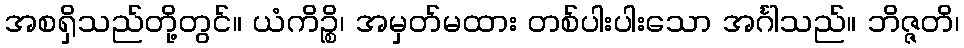
အစရှိသည်တို့တွင်။ ယံကိဉ္စိ၊ အမှတ်မထား တစ်ပါးပါးသော အင်္ဂါသည်။ ဘိဇ္ဇတိ၊